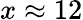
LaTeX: x\approx 12